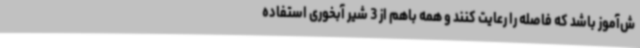
ش‌آموز باشد که فاصله را رعایت کنند و همه باهم از 3 شیر آبخوری استفاده